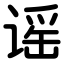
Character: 谣